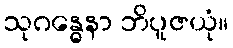
သုဂန္ဓေနာ ဘိပူဇယုံ။